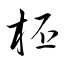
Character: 柸